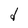
Character: d